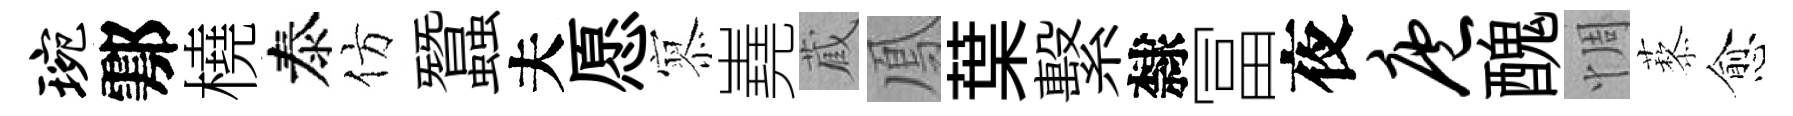
琬鄠橈泰仿蠶夫愿𡪹嶤蔵鳳葉繫隸冨夜庖醜惆藜愈